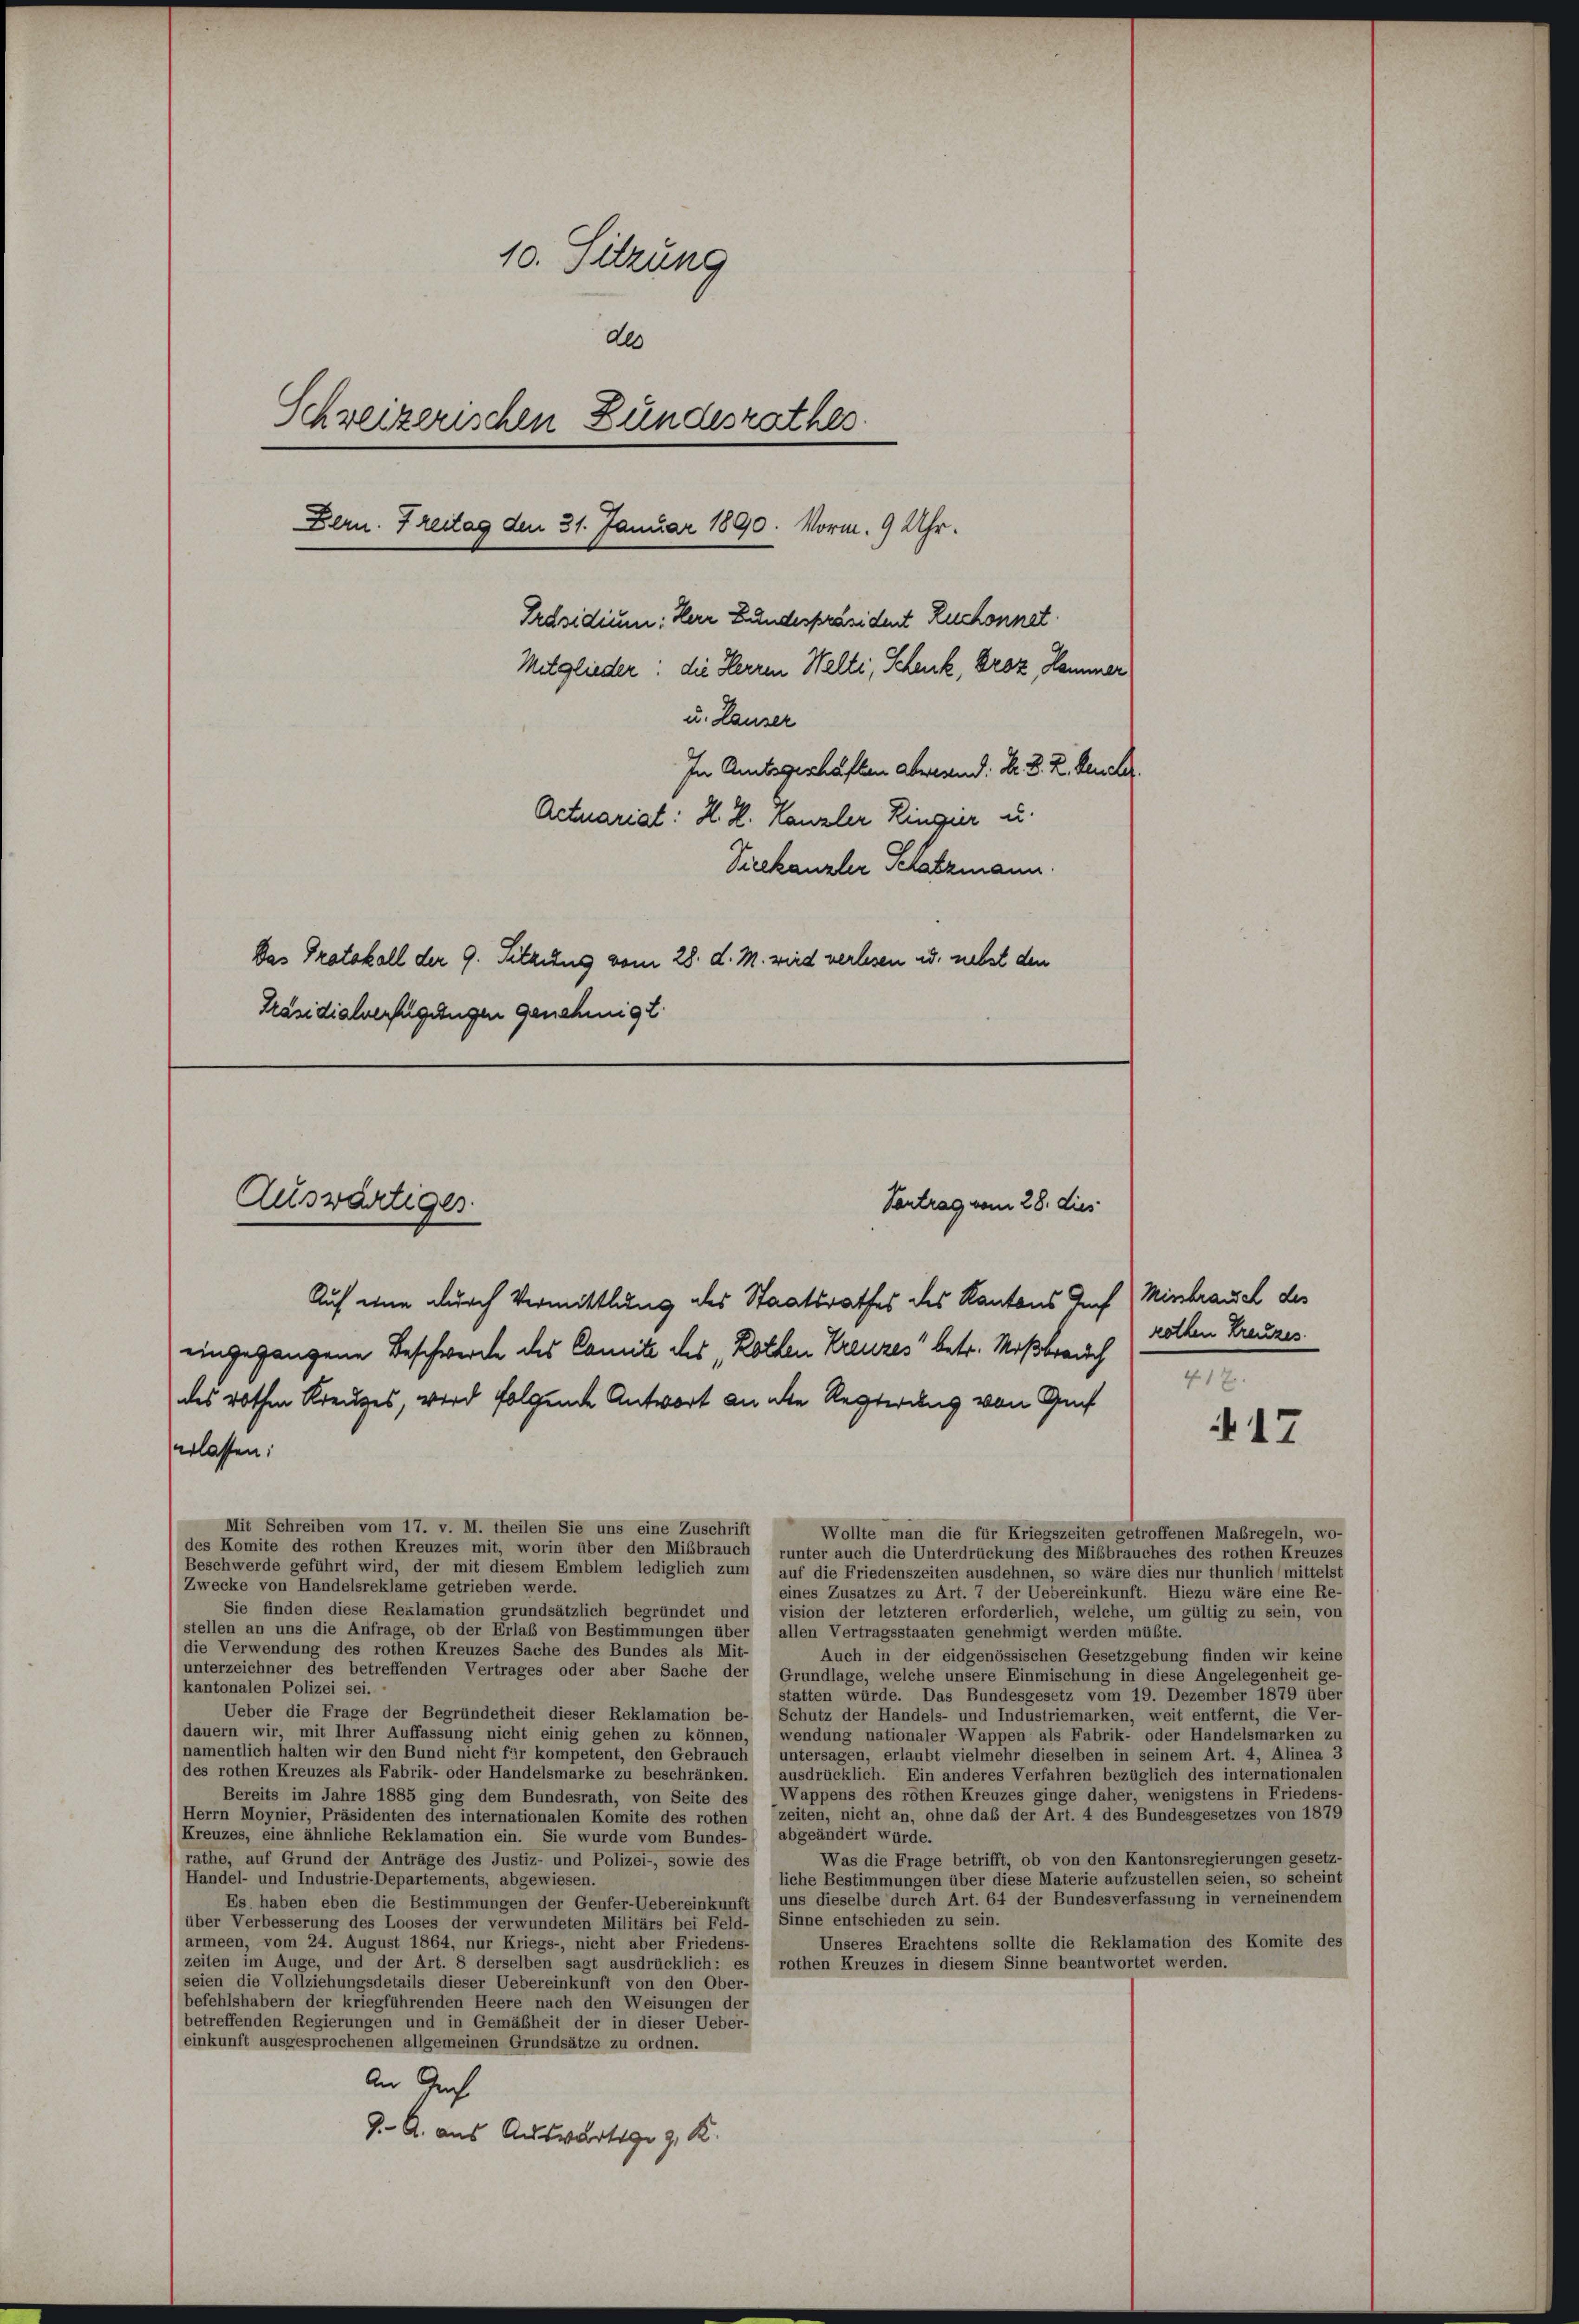
10. Sitzung
de
Schreizerischen Bundesrathes.
Dern. Freitag den 31. Januar 1890. Vorm. 9 Uhr.
Präsidium: Herr Bundespräsident Ruchonnet
Mitglieder: die Herren Welti, Schenk, Droz, Hammer
u. Lauser
In Amtsgeschäften abwesend: Hr. B. Z. Deuch
Actuariat: H. H. Kanzler Ringier u.
Vieekanzler Schatzmann.
Das Protokoll der 9. Sitzung vom 28. d. M. wird verlesen u. nebst den
Präsidialverfügungen genehmigt.

Auswärtiges.

erlassen:

Vontrag vom 28. dies

Auf eine durch Vermittlung des Staatsrathes des Kantons Auf Missbrauch des
eingegangene Beschwerde des Comité des Rotten Kreuzes“ betr. Mißbrauch
des rothen Kreuzes, wird folgende Antwort anne Regierung von Auf
Mit Schreiben vom 17. v. M. theilen Sie uns eine Zuschrift
Wollte man die für Kriegszeiten getroffenen Maßregeln, wo-
des Komite des rothen Kreuzes mit, worin über den Mißbrauch runter auch die Unterdrückung des Mißbrauches des rothen Kreuzes
Beschwerde geführt wird, der mit diesem Emblem lediglich zum auf die Friedenszeiten ausdehnen, so wäre dies nur thunlich mittelst
Zwecke von Handelsreklame getrieben werde.
eines Zusatzes zu Art. 7 der Uebereinkunft. Hiezu wäre eine Re-
Sie finden diese Reklamation grundsätzlich begründet und
vision der letzteren erforderlich, welche, um gültig zu sein, von
stellen an uns die Anfrage, ob der Erlaß von Bestimmungen über allen Vertragsstaaten genehmigt werden müßte.
die Verwendung des rothen Kreuzes Sache des Bundes als Mit-
Auch in der eidgenössischen Gesetzgebung finden wir keine
unterzeichner des betreffenden Vertrages oder aber Sache der Grundlage, welche unsere Einmischung in diese Angelegenheit ge-
kantonalen Polizei sei.
statten würde. Das Bundesgesetz vom 19. Dezember 1879 über
Ueber die Frage der Begründetheit dieser Reklamation be- Schutz der Handels- und Industriemarken, weit entfernt, die Ver-
dauern wir, mit Ihrer Auffassung nicht einig gehen zu können, wendung nationaler Wappen als Fabrik- oder Handelsmarken zu
(namentlich halten wir den Bund nicht für kompetent, den Gebrauch untersagen, erlaubt vielmehr dieselben in seinem Art. 4, Alinea 3
des rothen Kreuzes als Fabrik- oder Handelsmarke zu beschränken. ausdrücklich. Ein anderes Verfahren bezüglich des internationalen
Bereits im Jahre 1885 ging dem Bundesrath, von Seite des Wappens des rothen Kreuzes ginge daher, wenigstens in Friedens-
Herrn Moynier, Präsidenten des internationalen Komite des rothen zeiten, nicht an, ohne das der Art. 4 des Bundesgesetzes von 1879
Kreuzes, eine ähnliche Reklamation ein. Sie wurde vom Bundes- abgeändert würde.
Was die Frage betrifft, ob von den Kantonsregierungen gesetz-
rathe, auf Grund der Anträge des Justiz- und Polizei-, sowie des
Handel- und Industrie-Departements, abgewiesen.
liche Bestimmungen über diese Materie aufzustellen seien, so scheint
Es haben eben die Bestimmungen der Genfer-Uebereinkunft, uns dieselbe durch Art. 64 der Bundesverfassung in verneinendem
über Verbesserung des Looses der verwundeten Militärs bei Feld- Sinne entschieden zu sein.
Unseres Erachtens sollte die Reklamation des Komite des
armeen, vom 24. August 1864, nur Kriegs-, nicht aber Friedens-
inne beantwortet v
zeiten im Auge, und der Art. 8 derselben sagt ausdrücklich: es rothen Kreuzes in diesen
seien die Vollziehungsdetails dieser Uebereinkunft von den Ober-
befehlshabern der kriegführenden Heere nach den Weisungen der
betreffenden Regierungen und in Gemäßheit der in dieser Ueber-
einkunft ausgesprochenen allgemeinen Grundsätze zu ordnen.
An Arch
J. A. aus Auswärtige z. K.

rothen Kreuzes.
412.

17